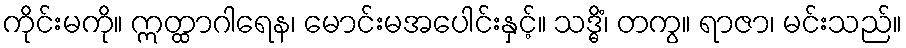
ကိုင်းမကို။ ဣတ္ထာဂါရေန၊ မောင်းမအပေါင်းနှင့်။ သဒ္ဓိံ၊ တကွ။ ရာဇာ၊ မင်းသည်။